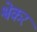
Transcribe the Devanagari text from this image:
श्वेकर